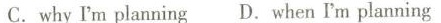
C.why I'm planning D. When I'm planning